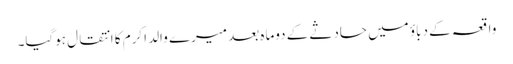
واقعہ کے دباؤ میں حادثے کے دوماہ بعد میرے والد اکرم کا انتقال ہوگیا۔